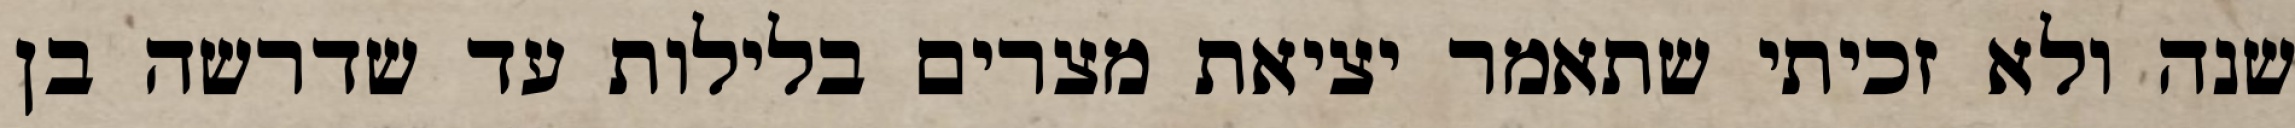
שנה ולא זכיתי שתאמר יציאת מצרים בלילות עד שדרשה בן